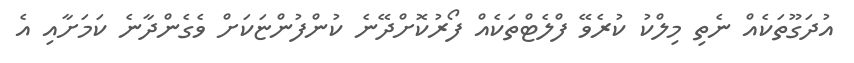
އުދަގޫތަކެއް ނެތި މިލްކު ކުރެވޭ ފްލެޓްތަކެއް ފޯރުކޮށްދޭނެ ކުންފުންޏަކަށް ވެގެންދާނެ ކަމަށާއި އެ